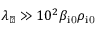
\lambda _ { \perp } \gg 1 0 ^ { 2 } \beta _ { \mathrm { i 0 } } \rho _ { \mathrm { i 0 } }